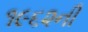
૧૯૬૨ની